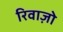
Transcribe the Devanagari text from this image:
रिवाज़ो